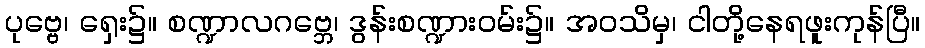
ပုဗ္ဗေ၊ ရှေး၌။ စဏ္ဍာလဂဗ္ဘေ၊ ဒွန်းစဏ္ဍားဝမ်း၌။ အဝသိမှ၊ ငါတို့နေရဖူးကုန်ပြီ။